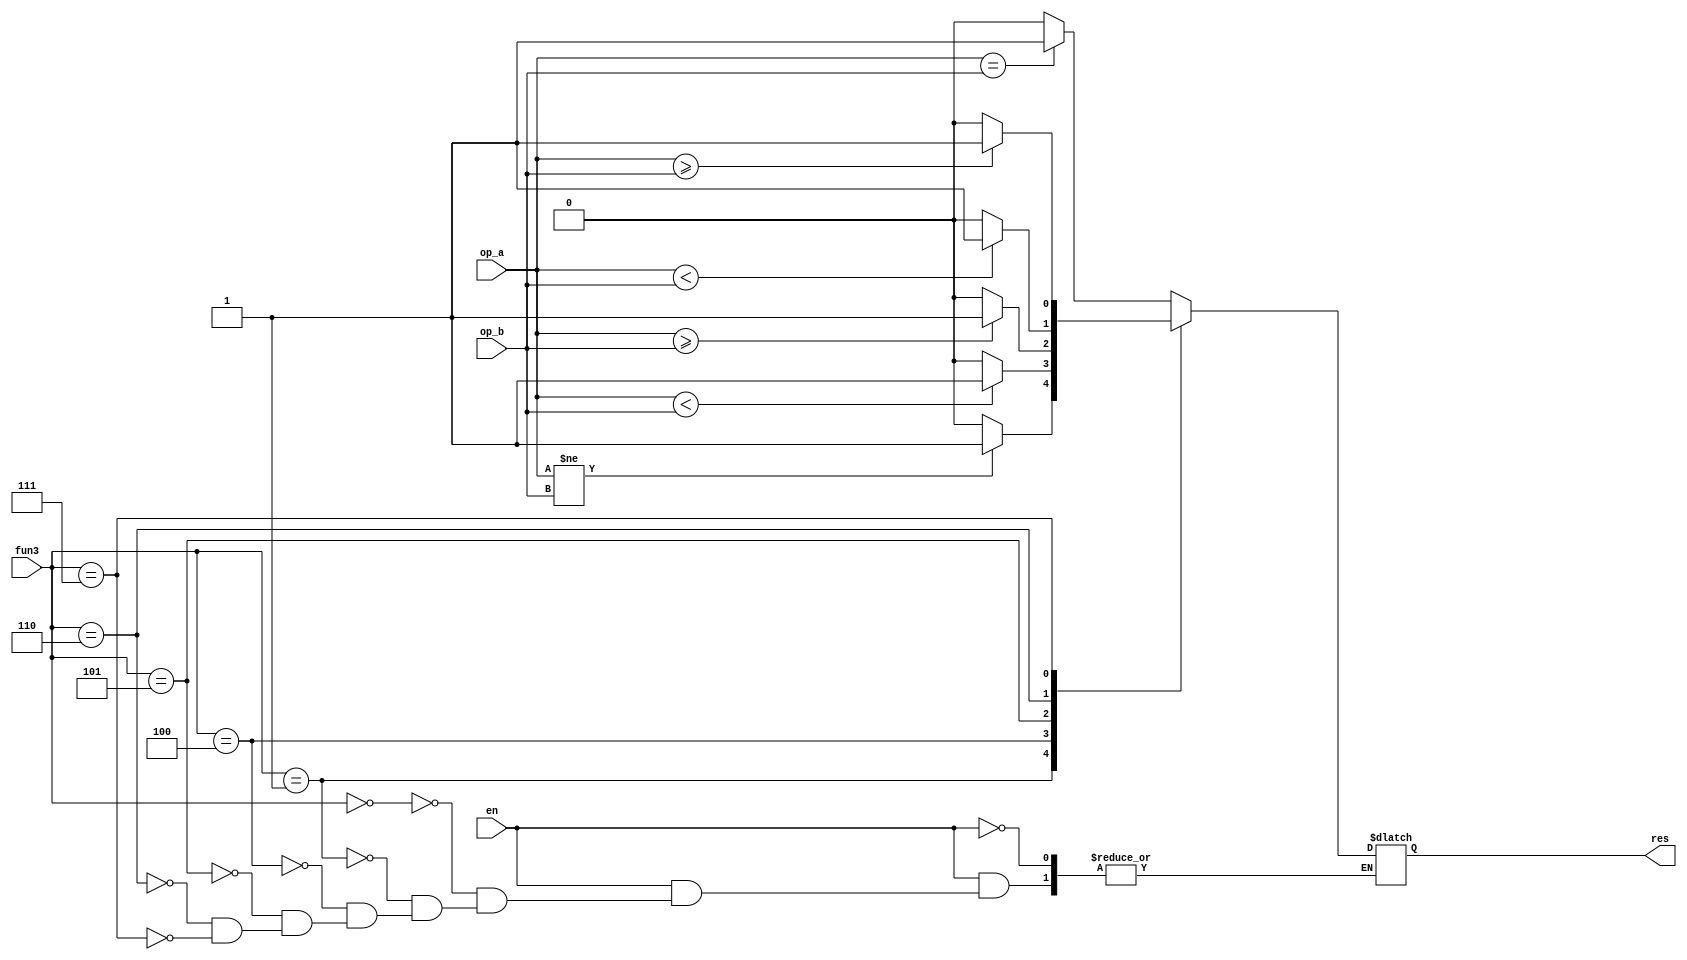
module branch (
    input wire [31:0] op_a,
    input wire [31:0] op_b,
    input wire [2:0] fun3,
    input wire en,
    output reg res
);
    always @(*) begin
        if(en)begin
            case(fun3)
                3'b000: res = (op_a == op_b)? 1:0; //beq
                3'b001: res = (op_a != op_b)? 1:0; //bne
                3'b100: res = ($signed (op_a) < $signed (op_b))? 1:0; //blt
                3'b101: res = ($signed (op_a) >= $signed (op_b))? 1:0; //bge
                3'b110: res = (op_a < op_b)? 1:0; //bltu
                3'b111: res = (op_a >= op_b)? 1:0; //bgeu
            endcase
        end
    end
endmodule